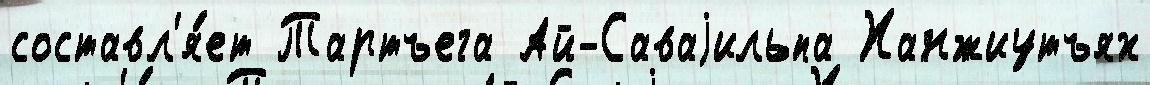
составл'я́ет Тартъега Ай-Саваjильпа Ханжиутъях